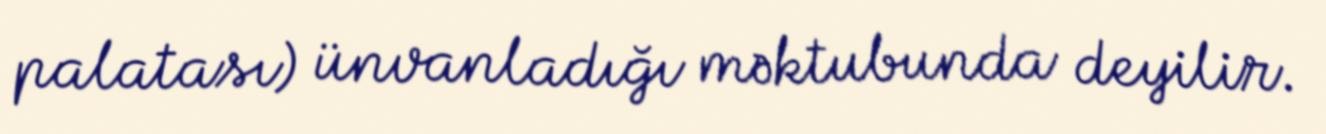
palatası) ünvanladığı məktubunda deyilir.